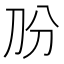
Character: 𱐓